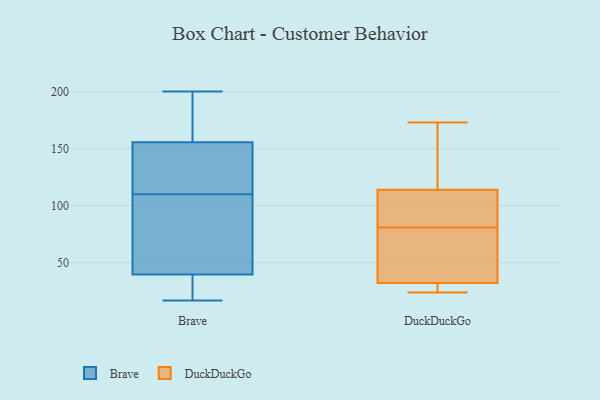
{"axis": {"x": "Active Users", "y": "Value"}, "legend": ["Brave", "DuckDuckGo"], "data": [{"x": "", "y": 17, "type": "Brave"}, {"x": "", "y": 57, "type": "Brave"}, {"x": "", "y": 159, "type": "Brave"}, {"x": "", "y": 200, "type": "Brave"}, {"x": "", "y": 191, "type": "Brave"}, {"x": "", "y": 25, "type": "Brave"}, {"x": "", "y": 145, "type": "Brave"}, {"x": "", "y": 34, "type": "Brave"}, {"x": "", "y": 110, "type": "Brave"}, {"x": "", "y": 57, "type": "Brave"}, {"x": "", "y": 117, "type": "Brave"}, {"x": "", "y": 81, "type": "DuckDuckGo"}, {"x": "", "y": 57, "type": "DuckDuckGo"}, {"x": "", "y": 82, "type": "DuckDuckGo"}, {"x": "", "y": 142, "type": "DuckDuckGo"}, {"x": "", "y": 31, "type": "DuckDuckGo"}, {"x": "", "y": 173, "type": "DuckDuckGo"}, {"x": "", "y": 31, "type": "DuckDuckGo"}, {"x": "", "y": 36, "type": "DuckDuckGo"}, {"x": "", "y": 24, "type": "DuckDuckGo"}, {"x": "", "y": 121, "type": "DuckDuckGo"}, {"x": "", "y": 93, "type": "DuckDuckGo"}]}